Plague in India, 1896, 1897 - Volume 2
Year: 1896
Disease focus: Plague
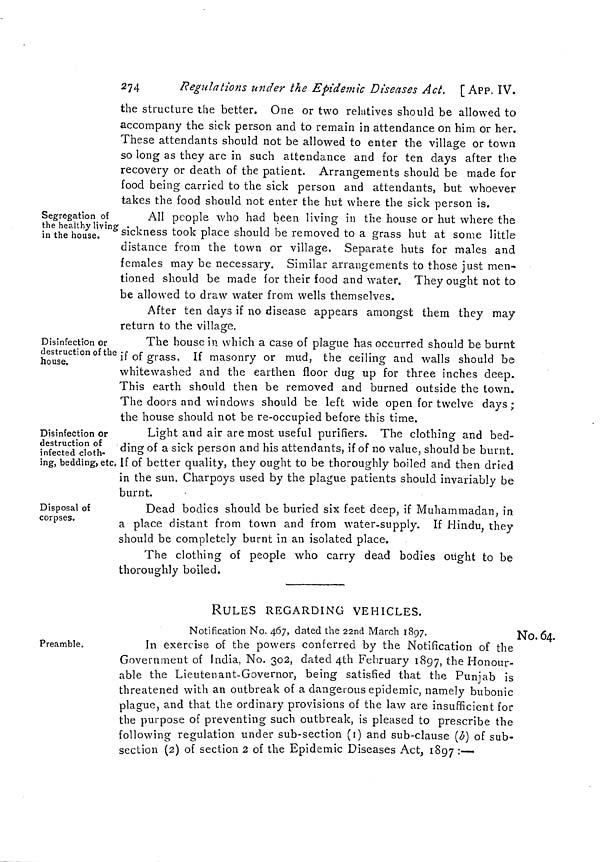
274
Regulations under the Epidemic Diseases Act. [ APP. ÏV.
the structure the better. One or two relatives should be allowed to
accompany the sick person and to remain in attendance on him or her.
These attendants should not be allowed to enter the village or town
so long as they are in such attendance and for ten days after the
recovery or death of the patient. Arrangements should be made for
food being carried to the sick person and attendants, but whoever
takes the food should not enter the hut where the sick person is.
Segregation of
the healthy living
in the house.
All people who had been living in the house or hut where the
sickness took place should be removed to a grass hut at some little
distance from the town or village. Separate huts for males and
females may be necessary. Similar arrangements to those just men-
tioned should be made for their food and water. They ought not to
be allowed to draw water from wells themselves.
After ten days if no disease appears amongst them they may
return to the village.
Disinfection or
destruction of the
house.
The house in which a case of plague has occurred should be burnt
if of grass, If masonry or mud, the ceiling and walls should be
whitewashed and the earthen floor dug up for three inches deep.
This earth should then be removed and burned outside the town.
The doors and windows should be left wide open for twelve days;
the house should not be re-occupied before this time.
Disinfection or
destruction of
infected cloth-
ing, bedding, etc.
Light and air are most useful purifiers. The clothing and bed-
ding of a sick person and his attendants, if of no value, should be burnt.
If of better quality, they ought to be thoroughly boiled and then dried
in the sun. Charpoys used by the plague patients should invariably be
burnt.
Disposal of
corpses.
Dead bodies should be buried six feet deep, if Muhammadan, in
a place distant from town and from water-supply. If Hindu, they
should be completely burnt in an isolated place.
The clothing of people who carry dead bodies ought to be
thoroughly boiled.
RULES REGARDING VEHICLES.
No. 64.
Preamble.
Notification No. 467, dated the 22nd March 1897.
In exercise of the powers conferred by the Notification of the
Government of India, No. 302, dated 4th February 1897, the Honour-
able the Lieutenant-Governor, being satisfied that the Punjab is
threatened with an outbreak of a dangerous epidemic, namely bubonic
plague, and that the ordinary provisions of the law are insufficient for
the purpose of preventing such outbreak, is pleased to prescribe the
following regulation under sub-section (i) and sub-clause (b) of sub-
section (2) of section 2 of the Epidemic Diseases Act, 1897 :—